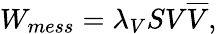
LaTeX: W_{mess}=\lambda_{V}SV{\overline{{V}}},